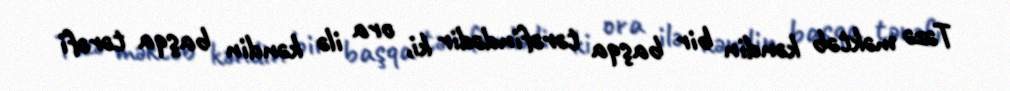
Təzə məktəb kəndin bir başqa tərəfindədir ki, ora ilə kəndin başqa tərəfi